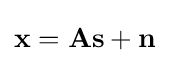
\mathbf {x} =\mathbf {A} \mathbf {s} +\mathbf {n}